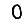
Digit: 0